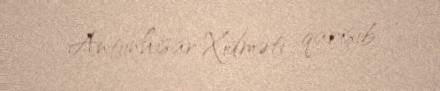
Antiinhisar Xidməti qarışıb.